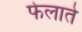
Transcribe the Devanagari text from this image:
फेलाते